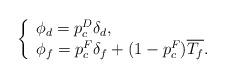
LaTeX: \begin{align*} \left\{ {\begin{array}{*{20}{l}} {\phi_d=p_c^D \delta_d},\\ {\phi_f=p_c^F \delta_f+ (1-p_c^F)\overline{T_f}}.\\\end{array}} \right.\end{align*}